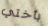
بأختي